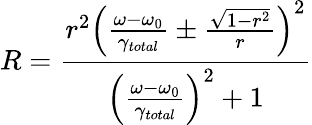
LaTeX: R=\frac{r^{2}\left(\frac{\omega-\omega_{0}}{\gamma_{total}}\pm\frac{\sqrt{1-r^{2}}}{r}\right)^{2}}{\left(\frac{\omega-\omega_{0}}{\gamma_{total}}\right)^{2}+1}